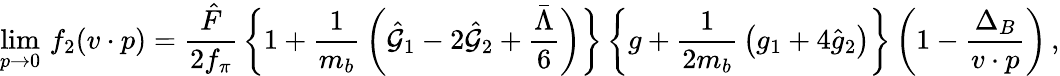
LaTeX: \operatorname*{lim}_{p\to 0}\, f_{2}(v\cdot p)={\frac{\hat{F}}{2f_{\pi}}}\, \bigg\{ 1+{\frac{1}{m_{b}}}\, \bigg(\hat{\cal{G}}_{1}-2\hat{\cal{G}}_{2}+{\frac{\bar{\Lambda}}{6}}\bigg)\bigg\} \, \bigg\{ g+{\frac{1}{2m_{b}}}\, \big(g_{1}+4\hat{g}_{2}\big)\bigg\} \, \bigg(1-{\frac{\Delta_{B}}{v\cdot p}}\bigg)\, ,